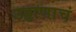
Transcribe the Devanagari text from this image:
उड्डाणाचं